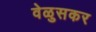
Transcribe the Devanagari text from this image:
वेळुसकर